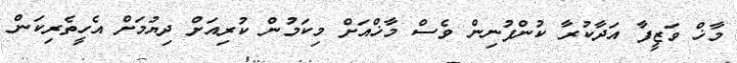
މާޚް ވަޒީފާ އަދާކުރާ ކުންފުނިން ވެސް މާޚްއަށް މިކަމުން ކުރިއަށް ދިޔުމަށް އެހީތެރިކަން